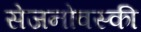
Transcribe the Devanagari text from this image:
सेजनोवस्की